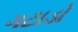
ગટાડો